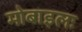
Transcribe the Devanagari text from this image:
मोबाइलः